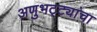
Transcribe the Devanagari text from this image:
अणुभट्ट्यांचा